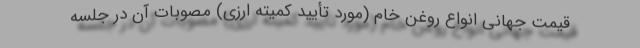
قیمت جهانی انواع روغن خام (مورد تأیید کمیته ارزی) مصوبات آن در جلسه